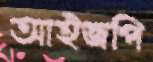
আইজপি